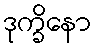
ဒုက္ခိနော